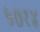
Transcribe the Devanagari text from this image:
५७१४